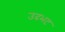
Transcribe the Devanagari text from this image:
उदभट